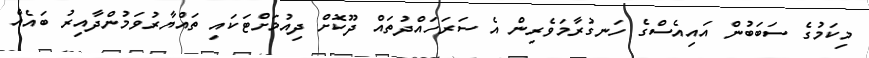
މިކަމުގެ ސަބަބުން އައިއެސްގެ ހަނގުރާމަވެރިން އެ ސަރަހައްދުތައް ދޫކޮށް ދިއުމަށްޓަކައި ތައްޔާރުވަމުންދާއިރު ބައެއް